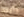
رأيته